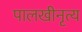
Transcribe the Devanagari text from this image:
पालखीनृत्य